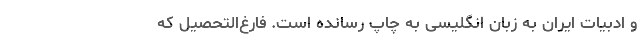
و ادبیات ایران به زبان انگلیسی به چاپ رسانده است. فارغ‌التحصیل که